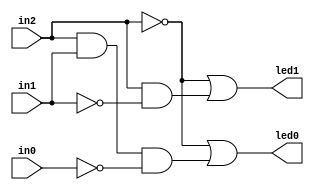
module FPGA_practice2(led0,led1,in0,in1,in2);
    input in0,in1,in2;
    output led0,led1;

    assign led0 = ~in2 | (in2 & in1 & ~in0);
    assign led1 = ~in2 | (in2 & ~in1);
endmodule